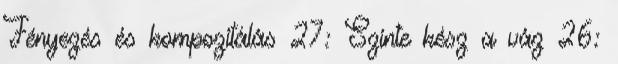
Fényezés és kompozitálás 27: Szinte kész a váz 26: